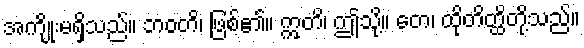
အကျိုးမရှိသည်။ ဘဝတိ၊ ဖြစ်၏။ ဣတိ၊ ဤသို့။ တေ၊ ထိုတိတ္ထိတို့သည်။